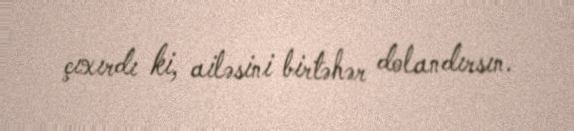
çıxırdı ki, ailəsini birtəhər dolandırsın.